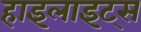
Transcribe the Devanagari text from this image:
हाइलाइट्स